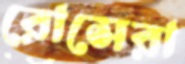
রোসেরা